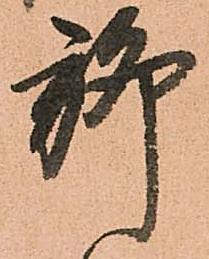
聊